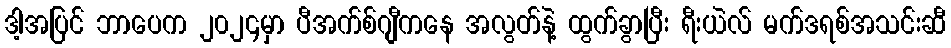
ဒါ့အပြင် ဘာပေက ၂၀၂၄မှာ ပီအက်စ်ဂျီကနေ အလွတ်နဲ့ ထွက်ခွာပြီး ရီးယဲလ် မက်ဒရစ်အသင်းဆီ